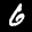
Label: 6